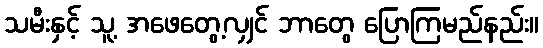
သမီးနှင့် သူ့ အဖေတွေ့လျှင် ဘာတွေ ပြောကြမည်နည်း။